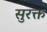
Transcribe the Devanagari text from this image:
सुरक्त